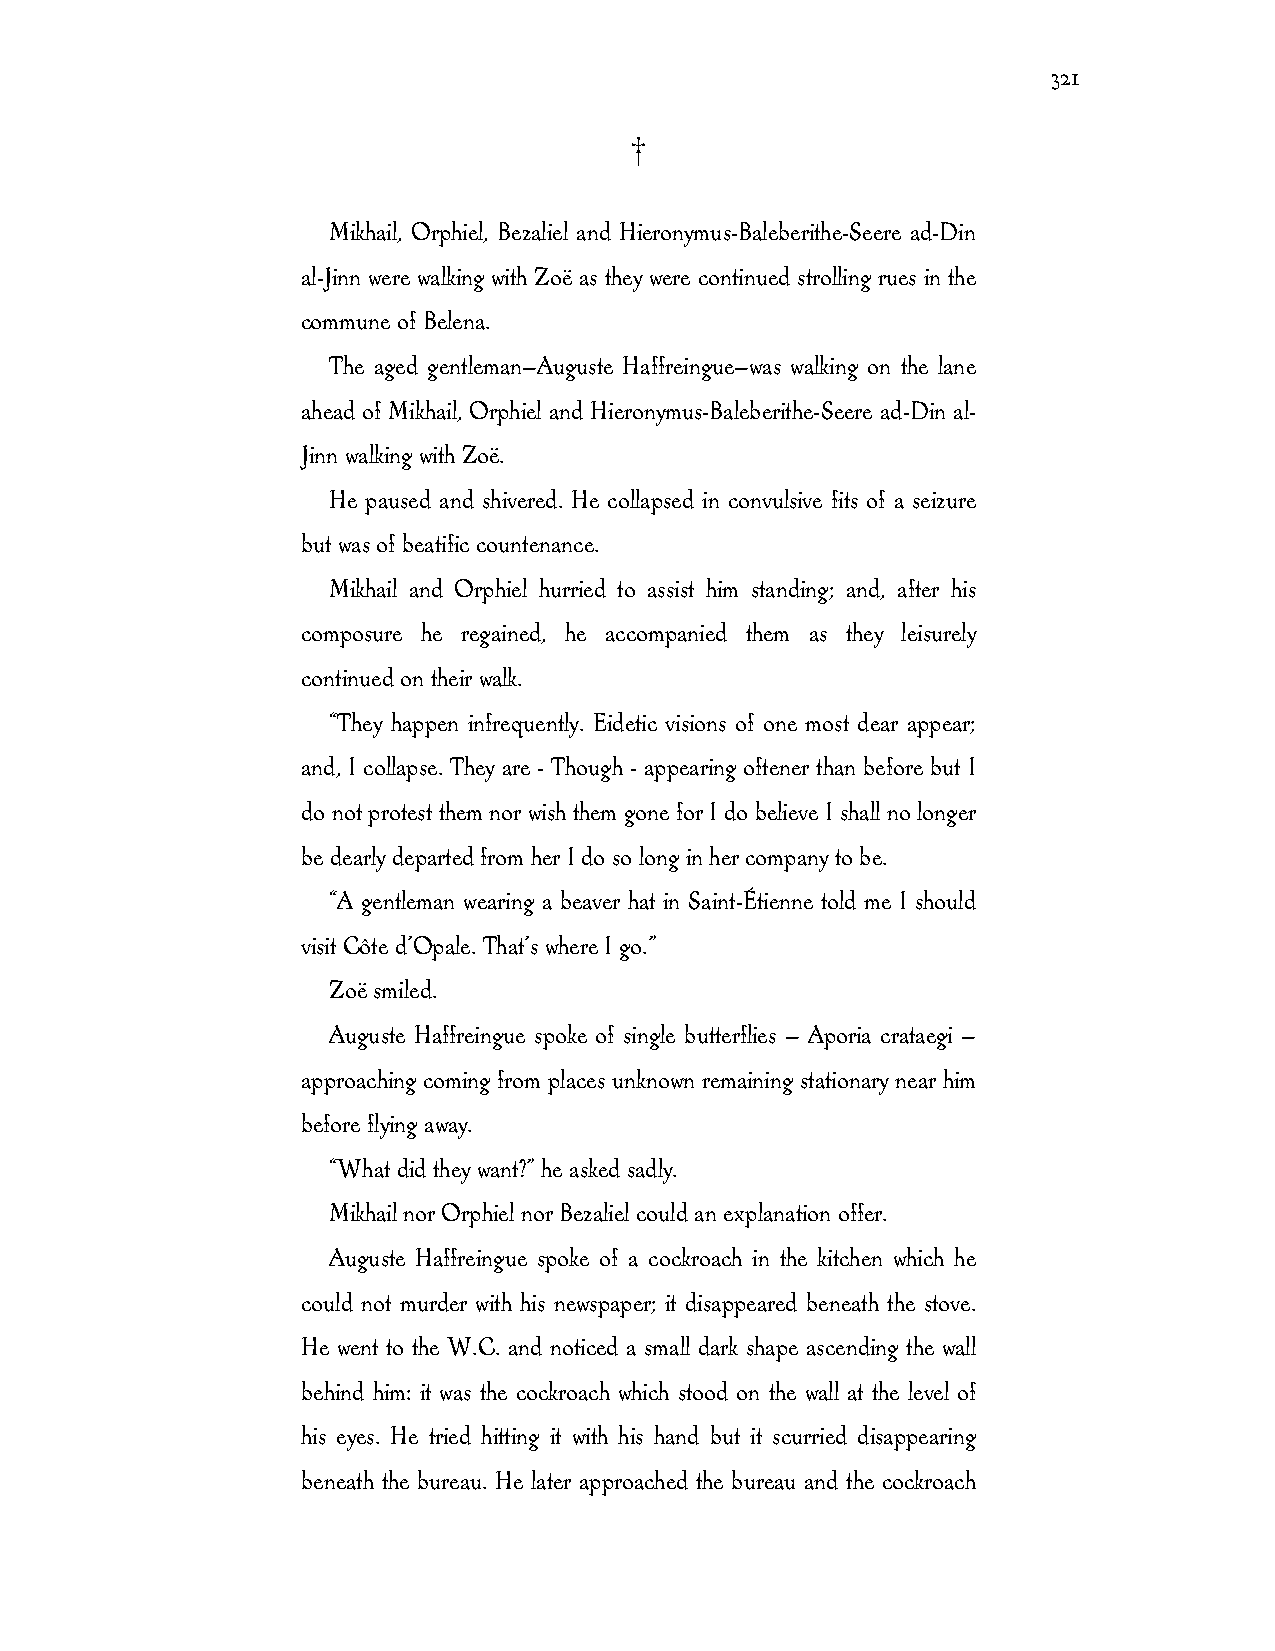
321
 †
 Mikhail, Orphiel, Bezaliel and Hieronymus-Baleberithe-Seere ad-Din
 al-Jinn were walking with Zoë as they were continued strolling rues in the
 commune of Belena.
 The aged gentleman—Auguste Haffreingue—was walking on the lane
 ahead of Mikhail, Orphiel and Hieronymus-Baleberithe-Seere ad-Din al-
 Jinn walking with Zoë.
 He paused and shivered. He collapsed in convulsive fits of a seizure
 but was of beatific countenance.
 Mikhail and Orphiel hurried to assist him standing; and, after his
 composure he regained, he accompanied them as they leisurely
 continued on their walk.
 “They happen infrequently. Eidetic visions of one most dear appear;
 and, I collapse. They are - Though - appearing oftener than before but I
 do not protest them nor wish them gone for I do believe I shall no longer
 be dearly departed from her I do so long in her company to be.
 “A gentleman wearing a beaver hat in Saint-Étienne told me I should
 visit Côte d’Opale. That’s where I go.”
 Zoë smiled.
 Auguste Haffreingue spoke of single butterflies — Aporia crataegi —
 approaching coming from places unknown remaining stationary near him
 before flying away.
 “What did they want?” he asked sadly.
 Mikhail nor Orphiel nor Bezaliel could an explanation offer.
 Auguste Haffreingue spoke of a cockroach in the kitchen which he
 could not murder with his newspaper; it disappeared beneath the stove.
 He went to the W.C. and noticed a small dark shape ascending the wall
 behind him: it was the cockroach which stood on the wall at the level of
 his eyes. He tried hitting it with his hand but it scurried disappearing
 beneath the bureau. He later approached the bureau and the cockroach